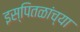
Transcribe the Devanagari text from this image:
इस्पितळांच्या